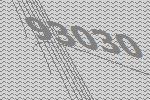
93030